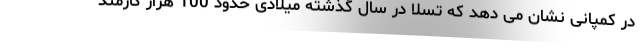
در کمپانی نشان می دهد که تسلا در سال گذشته میلادی حدود 100 هزار کارمند